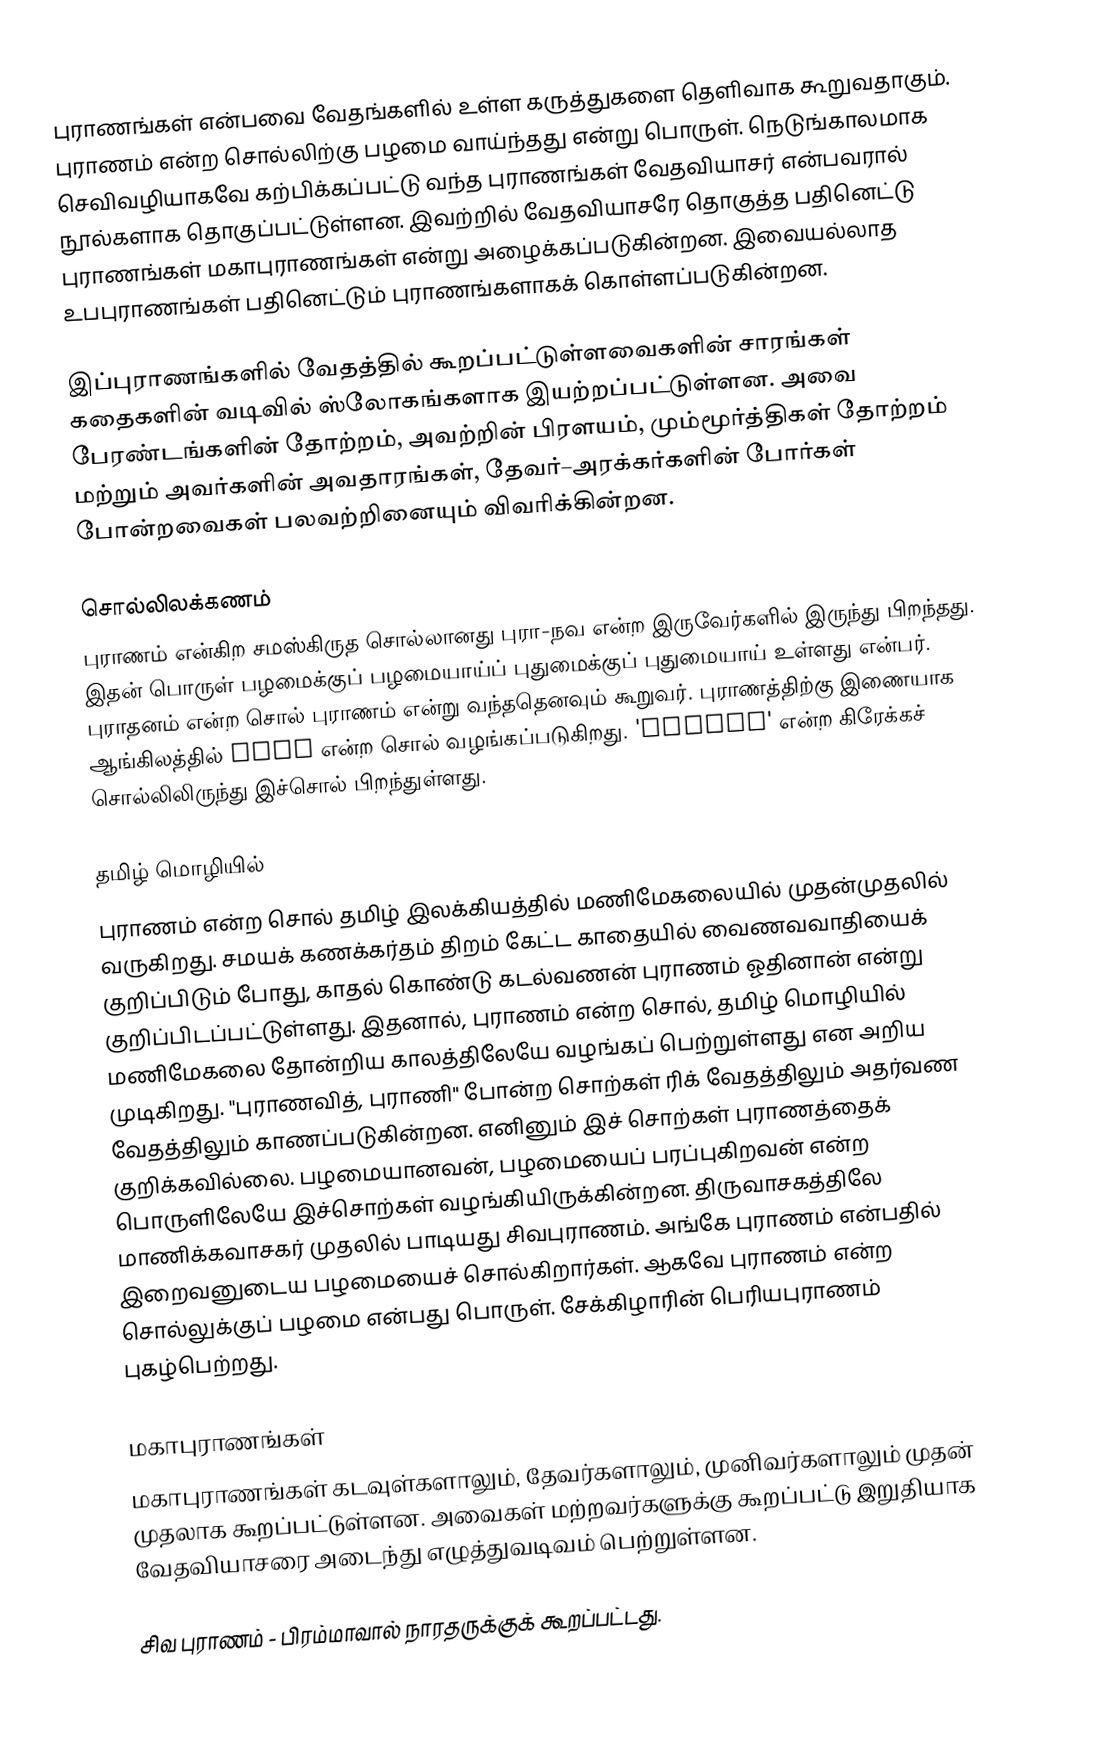
புராணங்கள் என்பவை வேதங்களில் உள்ள கருத்துகளை தெளிவாக கூறுவதாகும். புராணம் என்ற சொல்லிற்கு பழமை வாய்ந்தது என்று பொருள். நெடுங்காலமாக செவிவழியாகவே கற்பிக்கப்பட்டு வந்த புராணங்கள் வேதவியாசர் என்பவரால் நூல்களாக தொகுப்பட்டுள்ளன. இவற்றில் வேதவியாசரே தொகுத்த பதினெட்டு புராணங்கள் மகாபுராணங்கள் என்று அழைக்கப்படுகின்றன. இவையல்லாத உபபுராணங்கள் பதினெட்டும் புராணங்களாகக் கொள்ளப்படுகின்றன.

இப்புராணங்களில் வேதத்தில் கூறப்பட்டுள்ளவைகளின் சாரங்கள் கதைகளின் வடிவில் ஸ்லோகங்களாக இயற்றப்பட்டுள்ளன. அவை பேரண்டங்களின் தோற்றம், அவற்றின் பிரளயம், மும்மூர்த்திகள் தோற்றம் மற்றும் அவர்களின் அவதாரங்கள், தேவர்–அரக்கர்களின் போர்கள் போன்றவைகள் பலவற்றினையும் விவரிக்கின்றன.

சொல்லிலக்கணம்
புராணம் என்கிற சமஸ்கிருத சொல்லானது புரா-நவ என்ற இருவேர்களில் இருந்து பிறந்தது. இதன் பொருள் பழமைக்குப் பழமையாய்ப் புதுமைக்குப் புதுமையாய் உள்ளது என்பர். புராதனம் என்ற சொல் புராணம் என்று வந்ததெனவும் கூறுவர். புராணத்திற்கு இணையாக ஆங்கிலத்தில் Myth என்ற சொல் வழங்கப்படுகிறது. 'Mythos' என்ற கிரேக்கச் சொல்லிலிருந்து இச்சொல் பிறந்துள்ளது.

தமிழ் மொழியில்
புராணம் என்ற சொல் தமிழ் இலக்கியத்தில் மணிமேகலையில் முதன்முதலில் வருகிறது. சமயக் கணக்கர்தம் திறம் கேட்ட காதையில் வைணவவாதியைக் குறிப்பிடும் போது, காதல் கொண்டு கடல்வணன் புராணம் ஓதினான் என்று குறிப்பிடப்பட்டுள்ளது. இதனால், புராணம் என்ற சொல், தமிழ் மொழியில் மணிமேகலை தோன்றிய காலத்திலேயே வழங்கப் பெற்றுள்ளது என அறிய முடிகிறது. "புராணவித், புராணி" போன்ற சொற்கள் ரிக் வேதத்திலும் அதர்வண வேதத்திலும் காணப்படுகின்றன. எனினும் இச் சொற்கள் புராணத்தைக் குறிக்கவில்லை. பழமையானவன், பழமையைப் பரப்புகிறவன் என்ற பொருளிலேயே இச்சொற்கள் வழங்கியிருக்கின்றன. திருவாசகத்திலே மாணிக்கவாசகர் முதலில் பாடியது சிவபுராணம். அங்கே புராணம் என்பதில் இறைவனுடைய பழமையைச் சொல்கிறார்கள். ஆகவே புராணம் என்ற சொல்லுக்குப் பழமை என்பது பொருள். சேக்கிழாரின் பெரியபுராணம் புகழ்பெற்றது.

மகாபுராணங்கள்
மகாபுராணங்கள் கடவுள்களாலும், தேவர்களாலும், முனிவர்களாலும் முதன் முதலாக கூறப்பட்டுள்ளன. அவைகள் மற்றவர்களுக்கு கூறப்பட்டு இறுதியாக வேதவியாசரை அடைந்து எழுத்துவடிவம் பெற்றுள்ளன.

 சிவ புராணம் - பிரம்மாவால் நாரதருக்குக் கூறப்பட்டது.